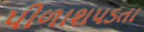
પીળાશપડતા